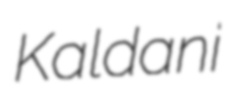
Kaldani